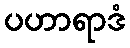
ပဟာရာဒံ